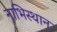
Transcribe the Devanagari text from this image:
नाभिस्थान